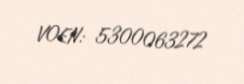
VOEN: 5300063272